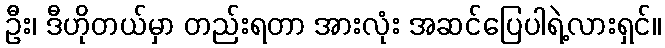
ဦး၊ ဒီဟိုတယ်မှာ တည်းရတာ အားလုံး အဆင်ပြေပါရဲ့လားရှင်။